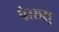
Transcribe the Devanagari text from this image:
पेररासु